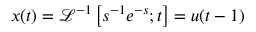
x ( t ) = \mathcal { L } ^ { - 1 } \left[ s ^ { - 1 } { e ^ { - s } } ; t \right] = u ( t - 1 )